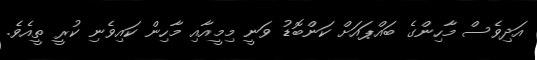
އަދިވެސް މާހިންގެ ބައްޕައަށް ކަންބޮޑު ވަނީ މިމީއާއި މާހިން ކައިވެނި ކުރީ ތީއެވެ.